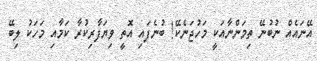
އޭނައެއް ނުބުނޭ ތިމަންނާއަކީ މަހުޖަނެކޭ! ބުނެފައި އޮތީ ވިޔަފާރިކުރާ ކަމާއި މަހަކު ލިބޭ